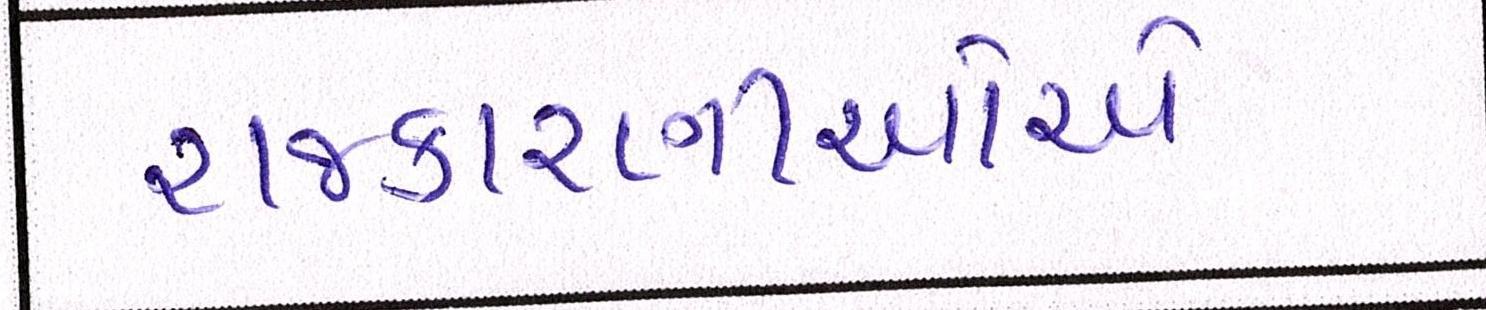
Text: રાજકારણીઓએ